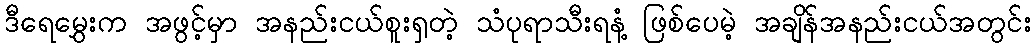
ဒီရေမွှေးက အဖွင့်မှာ အနည်းငယ်စူးရှတဲ့ သံပုရာသီးရနံ့ ဖြစ်ပေမဲ့ အချိန်အနည်းငယ်အတွင်း